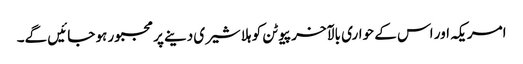
امریکہ اور اس کے حواری بالآخر پیوٹن کو ہلا شیری دینے پر مجبور ہو جائیں گے۔